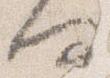
何